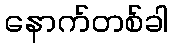
နောက်တစ်ခါ